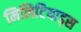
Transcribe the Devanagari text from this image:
मिलिटियाड्स